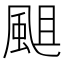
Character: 𩗃